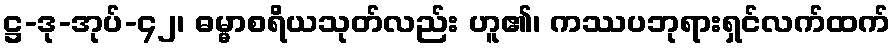
ဋ္ဌ-ဒု-အုပ်-၄၂၊ ဓမ္မာစရိယသုတ်လည်း ဟူ၏၊ ကဿပဘုရားရှင်လက်ထက်